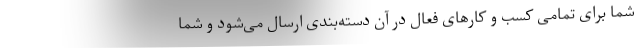
شما برای تمامی کسب و کارهای فعال در آن دسته‌بندی ارسال می‌شود و شما